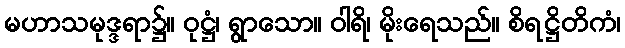
မဟာသမုဒ္ဒရာ၌။ ဝုဋ္ဌံ၊ ရွာသော။ ဝါရိ၊ မိုးရေသည်။ စိရဋ္ဌိတိကံ၊